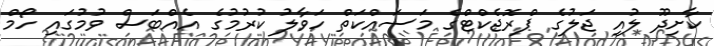
ކާށިދޫ ލުއި ޖަލުގެ ޕްރޮޖެކްޓްގެ މަސައްކަތް ހަވާލު ކުރުމުގެ އެއްބަސް ވުމުގައި ހޯމް